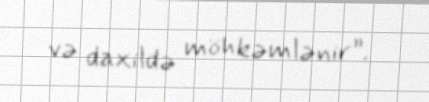
və daxildə möhkəmlənir”.